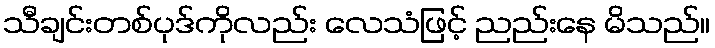
သီချင်းတစ်ပုဒ်ကိုလည်း လေသံဖြင့် ညည်းနေ မိသည်။